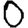
Digit: 0